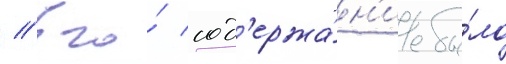
// Его́ сод'ержа́н'ие бы́ло